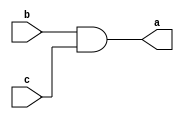
module and_gate( output a , input b ,input c);
    assign  a = b & c;
endmodule